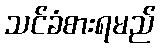
သင်ခံစားရမည်